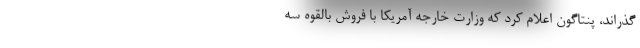
‌گذراند، پنتاگون اعلام کرد که وزارت خارجه آمریکا با فروش بالقوه سه